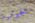
الجوهرة